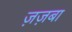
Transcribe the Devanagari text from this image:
ज़ज़बा